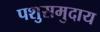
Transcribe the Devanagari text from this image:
पशुसमुदाय